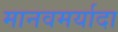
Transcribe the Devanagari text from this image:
मानवमर्यादा